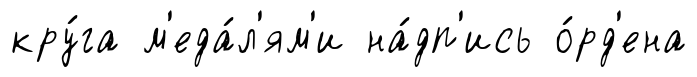
кру́га м'еда́л'ям'и на́дп'ись о́рд'ена